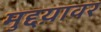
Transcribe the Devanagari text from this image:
मुद्दय़ावर